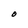
Character: O